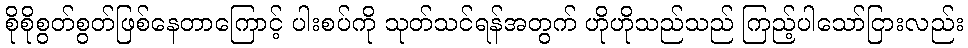
စိုစိုစွတ်စွတ်ဖြစ်နေတာကြောင့် ပါးစပ်ကို သုတ်သင်ရန်အတွက် ဟိုဟိုသည်သည် ကြည့်ပါသော်ငြားလည်း